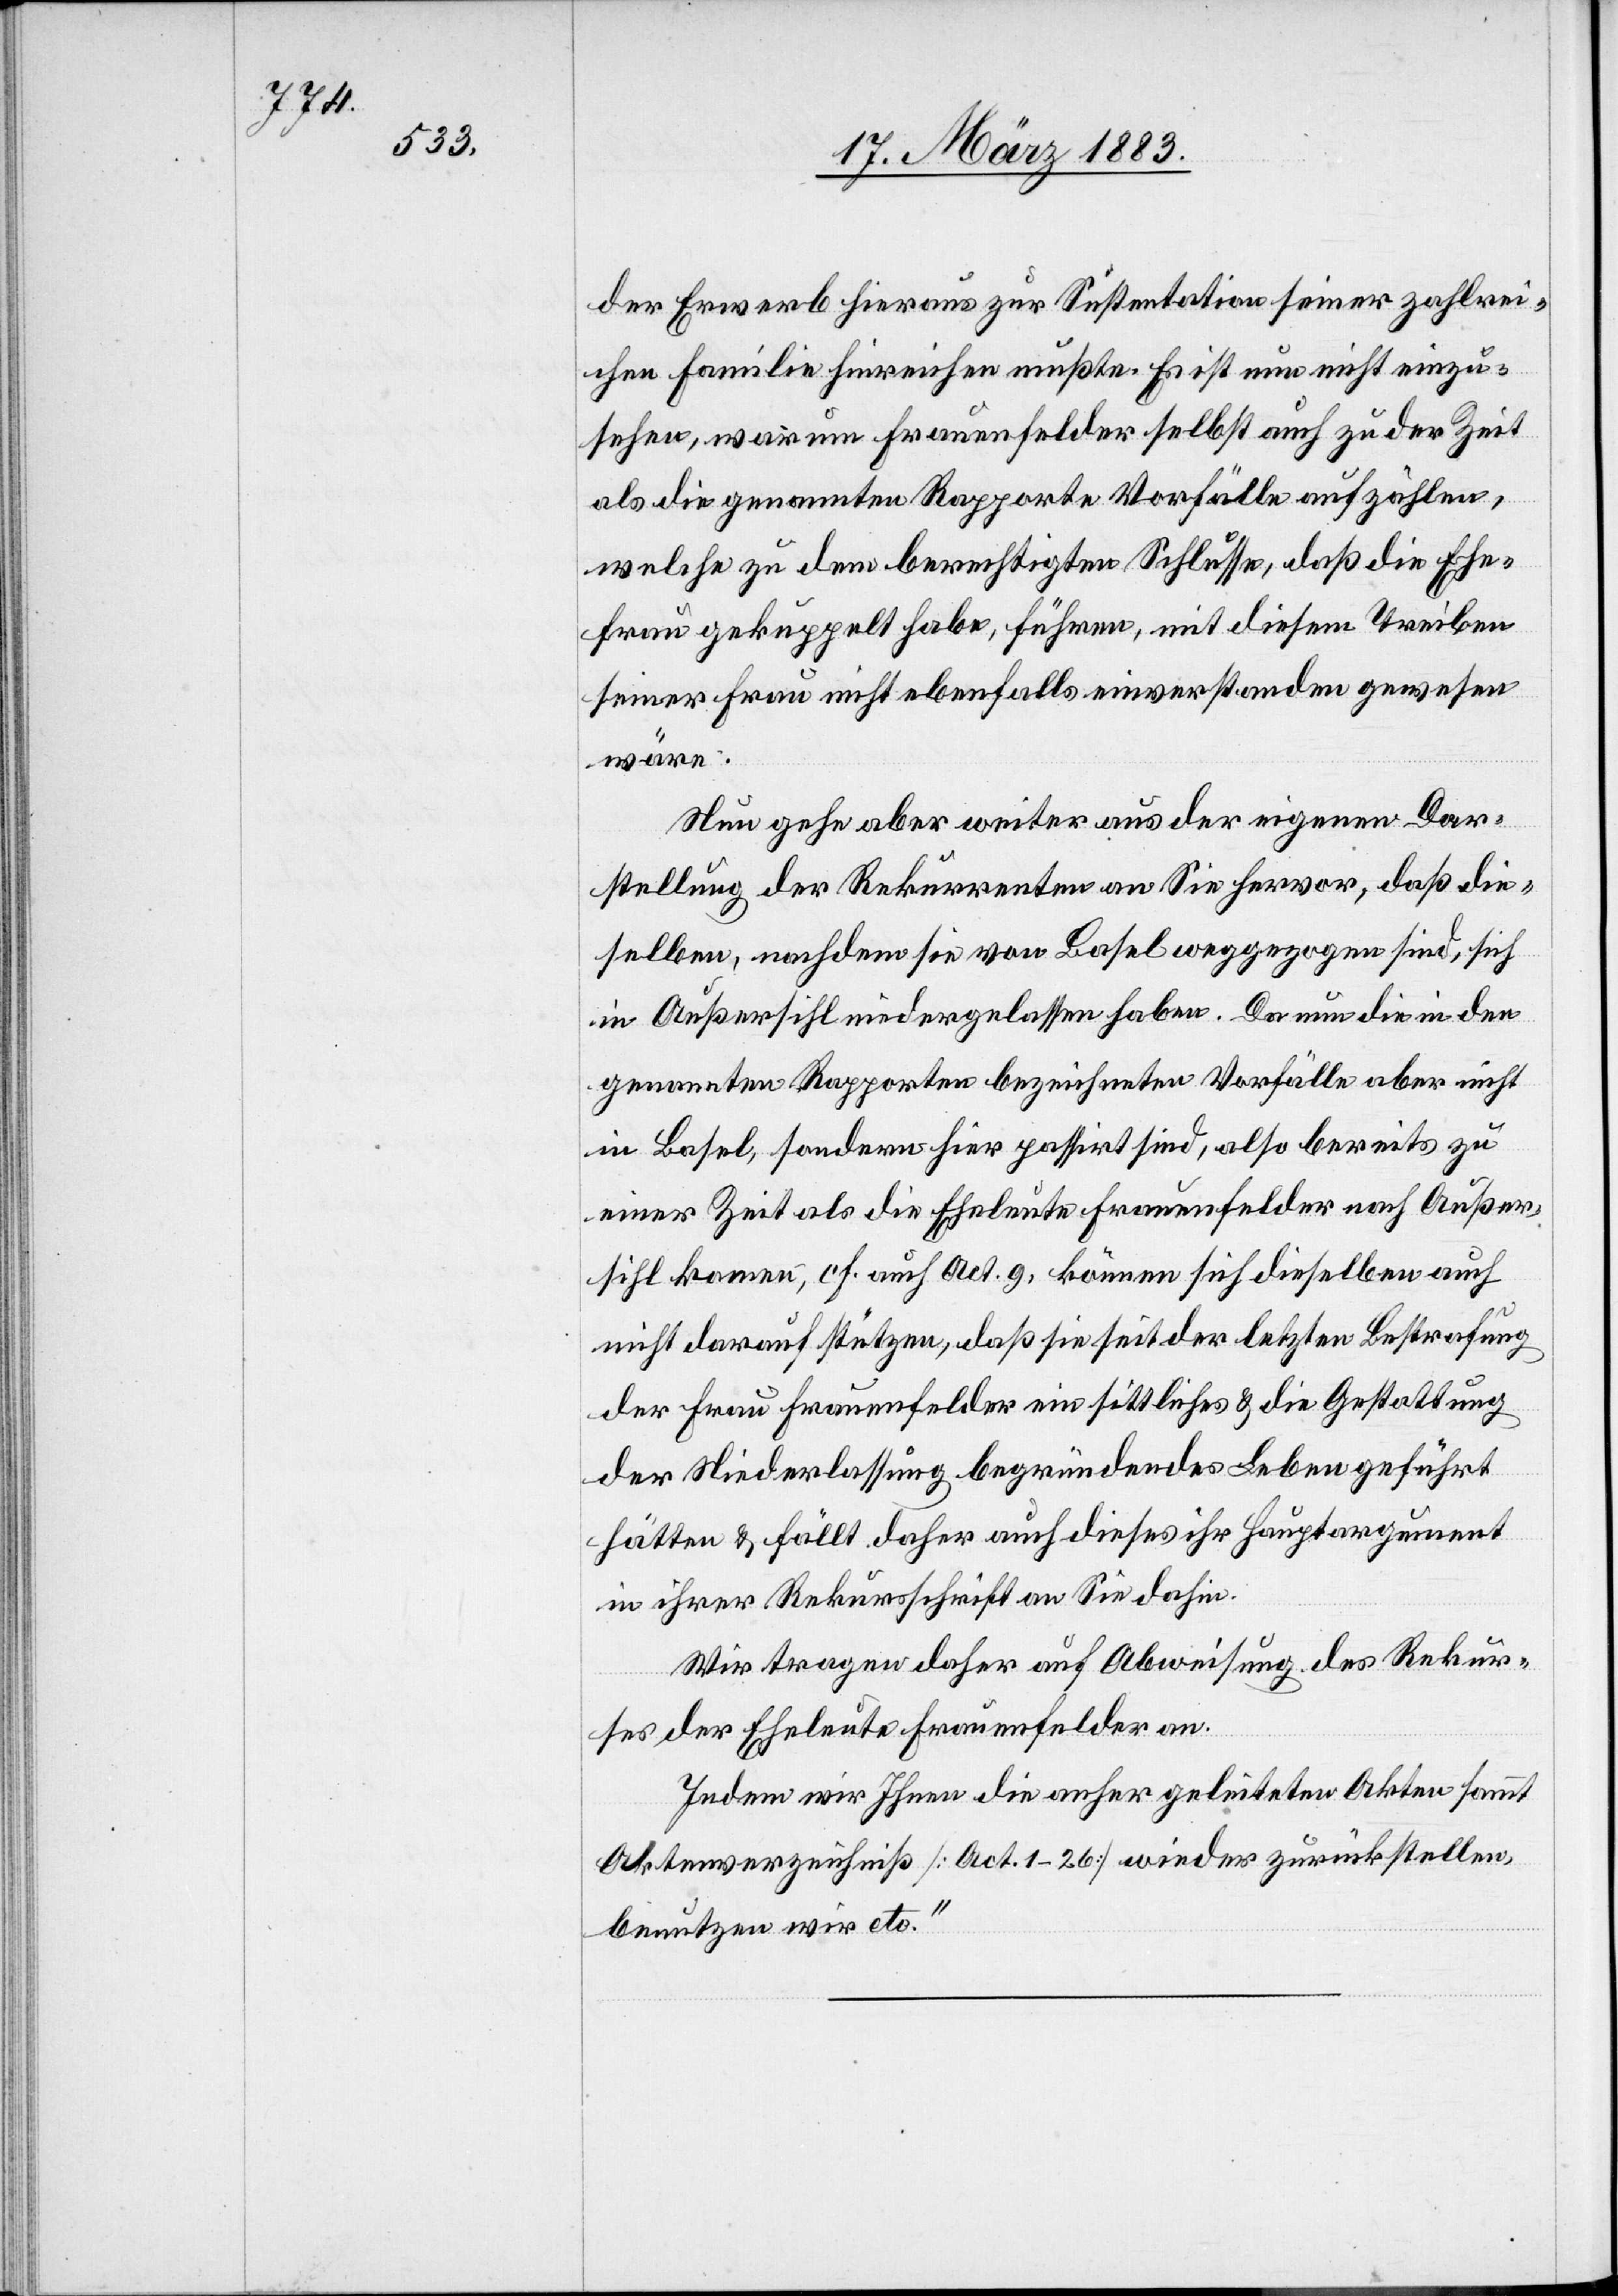
der Erwerb hieraus zur Sustention seiner zahlrei¬
chen Familie hinreichen mußte. Es ist nun nicht einzu¬
sehen, warum Frauenfelder selbst auch zu der Zeit
als die genannten Rapporte Vorfälle aufzählen,
welche zu dem berechtigten Schlusse, daß die Ehe¬
frau gekuppelt habe, führen, mit diesem Treiben
seiner Frau nicht ebenfalls einverstanden gewesen
wäre.
Nun gehe aber weiter aus der eigenen Dar¬
stellung der Rekurrenten an Sie hervor, daß die¬
selben, nachdem sie von Basel weggegangen sind, sich
in Außersihl niedergelassen haben. Da nun die in den
genannten Rapporten bezeichneten Vorfälle aber nicht
in Basel, sondern hier passirt sind, also bereits zu
einer Zeit als die Eheleute Frauenfelder nach Außer¬
sihl kamen, cf. auch Act. 9, können sich dieselben auch
nicht darauf stützen, daß sie seit der letzten Bestrafung
der Frau Frauenfelder ein sittliches & die Gestattung
der Niederlassung begründendes Leben geführt
hätten & fällt daher auch dieses ihr Hauptargument
in ihrer Rekursschrift an Sie dahin.
Wir tragen daher auf Abweisung des Rekur¬
ses der Eheleute Frauenfelder an.
Indem wir Ihnen die anher geleiteten Akten sammt
Aktenverzeichniß [Act. 1–26] wieder zurückstellen,
benutzen wir etc.“